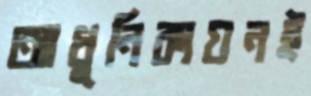
আধুনিকায়নই